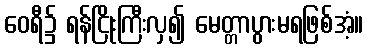
ဝေရီ၌ ရန်ငြိုးကြီးလှ၍ မေတ္တာပွားမရဖြစ်အံ့။